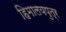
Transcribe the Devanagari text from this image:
हिमालयपुत्र